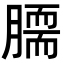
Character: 𦠌